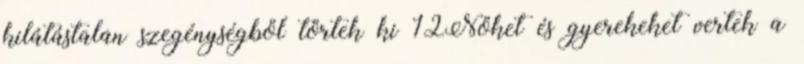
kilátástalan szegénységből törtek ki 12Nőket és gyerekeket vertek a